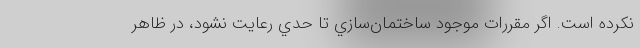
نكرده است. اگر مقررات موجود ساختمان‌سازي تا حدي رعايت نشود، در ظاهر